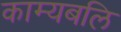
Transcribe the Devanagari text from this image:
काम्यबलि